Indian journal of veterinary science and animal husbandry - Volumes 28-29, 1958-1959
Year: 1958
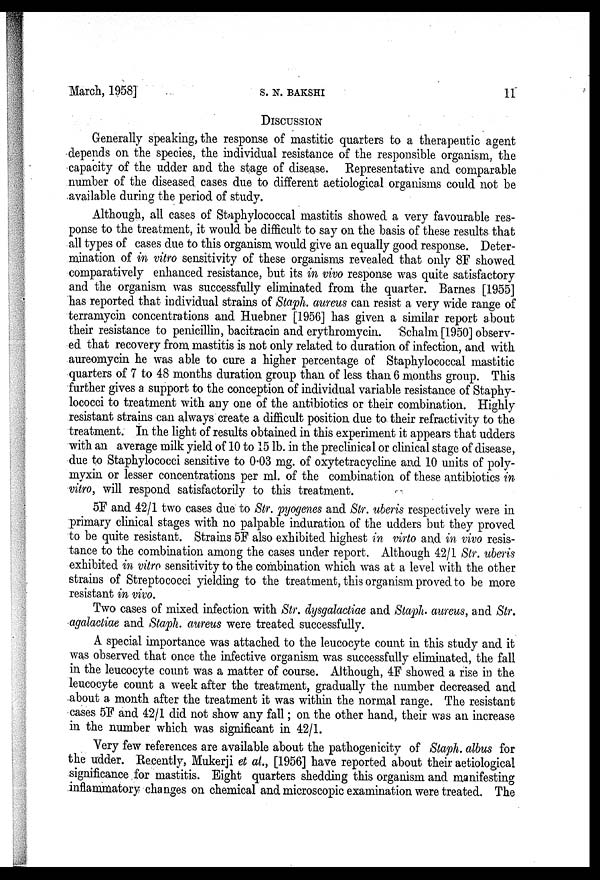
March, 1958]
S.
N.
BAKSHI
11
DISCUSSION
Generally speaking, the response of mastitic quarters to a therapeutic agent
depends on the species, the individual resistance of the responsible organism, the
capacity of the udder and the stage of disease. Representative and comparable
number of the diseased cases due to different aetiological organisms could not be
available during the period of study.
Although, all cases of Staphylococcal mastitis showed a very favourable res-
ponse to the treatment, it would be difficult to say on the basis of these results that
all types of cases due to this organism would give an equally good response. Deter-
mination of in vitro sensitivity of these organisms revealed that only 8F showed
comparatively enhanced resistance, but its in vivo response was quite satisfactory
and the organism was successfully eliminated from the quarter. Barnes [1955]
has reported that individual strains of Staph. aureus can resist a very wide range of
terramycin concentrations and Huebner [1956] has given a similar report about
their resistance to penicillin, bacitracin and erythromycin. Schalm [1950] observ-
ed that recovery from mastitis is not only related to duration of infection, and with
aureomycin he was able to cure a higher percentage of Staphylococcal mastitic
quarters of 7 to 48 months duration group than of less than 6 months group. This
further gives a support to the conception of individual variable resistance of Staphy-
lococci to treatment with any one of the antibiotics or their combination. Highly
resistant strains can always create a difficult position due to their refractivity to the
treatment. In the light of results obtained in this experiment it appears that udders
with an average milk yield of 10 to 15 lb. in the preclinical or clinical stage of disease,
due to Staphylococci sensitive to 0.03 mg. of oxytetracycline and 10 units of poly-
myxin or lesser concentrations per ml. of the combination of these antibiotics in
vitro, will respond satisfactorily to this treatment.
5F and 42/1 two cases due to Str. pyogenes and Str. uberis respectively were in
primary clinical stages with no palpable induration of the udders but they proved
to be quite resistant. Strains 5F also exhibited highest in virto and in vivo resis-
tance to the combination among the cases under report. Although 42/1 Str. uberis
exhibited in vitro sensitivity to the combination which was at a level with the other
strains of Streptococci yielding to the treatment, this organism proved to be more
resistant in vivo.
Two cases of mixed infection with Str. dysgalactiae and Staph. aureus, and Str.
agalactiae and Staph. aureus were treated successfully.
A special importance was attached to the leucocyte count in this study and it
was observed that once the infective organism was successfully eliminated, the fall
in the leucocyte count was a matter of course. Although, 4F showed a rise in the
leucocyte count a week after the treatment, gradually the number decreased and
about a month after the treatment it was within the normal range. The resistant
cases 5F and 42/1 did not show any fall; on the other hand, their was an increase
in the number which was significant in 42/1.
Very few references are available about the pathogenicity of Staph. albus for
the udder. Recently, Mukerji et al., [1956] have reported about their aetiological
significance for mastitis. Eight quarters shedding this organism and manifesting
inflammatory changes on chemical and microscopic examination were treated. The